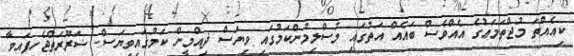
ކިއެއްތަ މުޖްތަމަޢުގެ އެއްވެސް ބައެއް އަތުގައި މުސްލިމުންކަމުގައި ވިޔަސް ޛިއްމީން ކަމުގައިވިޔަސް- ޟަރޫރަތްޖެހިފައިވާ